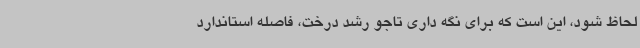
لحاظ شود، این است که برای نگه داری تاجو رشد درخت، فاصله استاندارد